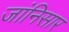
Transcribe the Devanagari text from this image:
जांनिसार